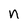
Character: n